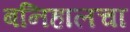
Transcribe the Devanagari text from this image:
बनिहालचा